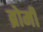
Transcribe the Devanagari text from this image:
ब्रोमी